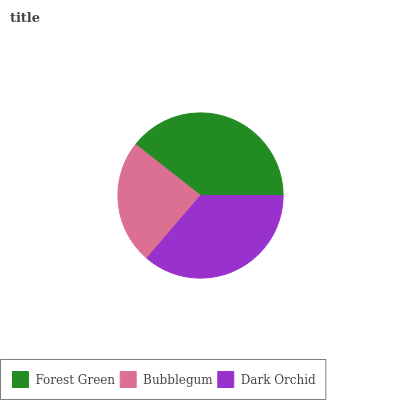
| Forest Green | Bubblegum | Dark Orchid |
 | --- | --- | --- |
 | 39.4% | 24.3% | 36.2% |